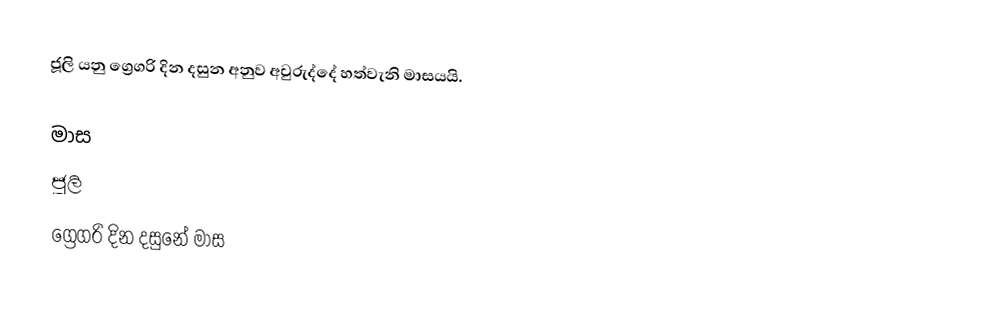
ජූලි යනු ග්‍රෙගරි දින දසුන අනුව අවුරුද්දේ හත්වැනි මාසයයි.

මාස
ජූලි
ග්‍රෙගරි දින දසුනේ මාස